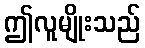
ဤလူမျိုးသည်